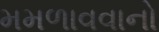
મમળાવવાનો